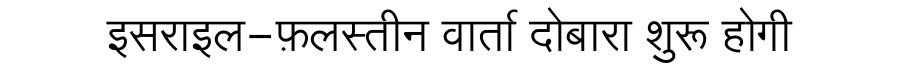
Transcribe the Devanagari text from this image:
इसराइल-फ़लस्तीन वार्ता दोबारा शुरू होगी